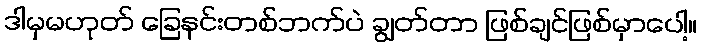
ဒါမှမဟုတ် ခြေနင်းတစ်ဘက်ပဲ ချွတ်တာ ဖြစ်ချင်ဖြစ်မှာပေါ့။